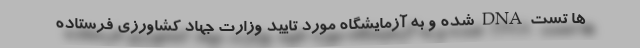
ها تست DNA شده و به آزمایشگاه مورد تایید وزارت جهاد کشاورزی فرستاده